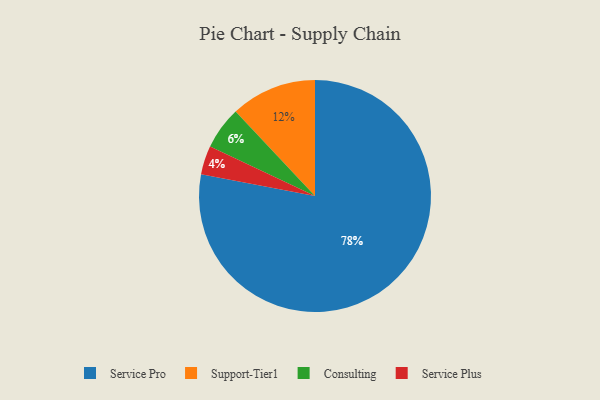
{"axis": {"x": "Category", "y": "Percentage"}, "legend": ["Consulting", "Service Plus", "Service Pro", "Support-Tier1"], "data": [{"x": "Support-Tier1", "y": 12, "type": "Support-Tier1"}, {"x": "Service Plus", "y": 4, "type": "Service Plus"}, {"x": "Service Pro", "y": 78, "type": "Service Pro"}, {"x": "Consulting", "y": 6, "type": "Consulting"}]}